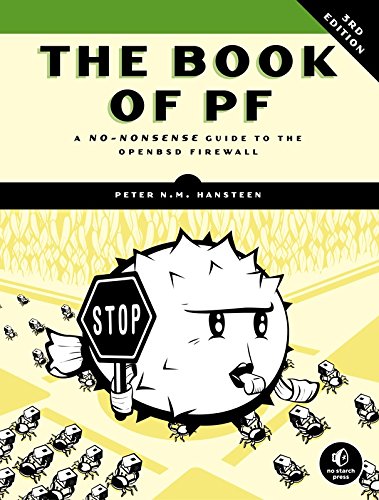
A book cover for The Book of PF: A No-Nonsense Guide to the OpenBSD Firewall; Peter N. M. Hansteen; Computers & Technology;